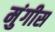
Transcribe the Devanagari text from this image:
मुंगीस